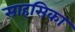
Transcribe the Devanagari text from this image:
साहसिका